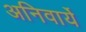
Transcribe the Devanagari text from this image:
अनिवार्ये